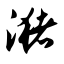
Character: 潴